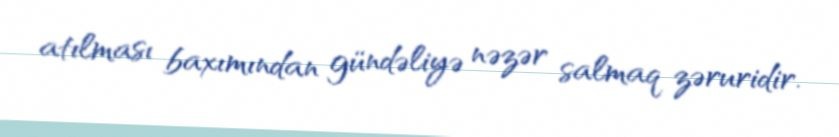
atılması baxımından gündəliyə nəzər salmaq zəruridir.